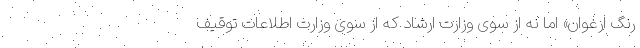
رنگ ارغوان» اما نه از سوی وزارت ارشاد که از سوی وزارت اطلاعات توقیف